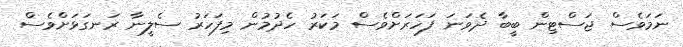
ނަމަވެސް ޖަސްޓިން ބީބާ ދެވަނަ ފަހަރަށްވެސް މަކަރު ހެދުމުން މިފަހަރު ސެލީނާ ރަނގަޅަށްވެސް